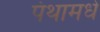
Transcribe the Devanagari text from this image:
पंथामधे